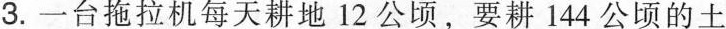
3. 一台拖拉机每天耕地12公顷，要耕144公顷的土